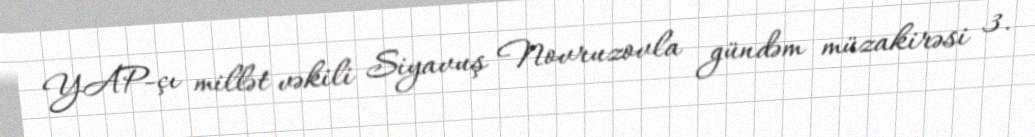
YAP-çı millət vəkili Siyavuş Novruzovla gündəm müzakirəsi 3.